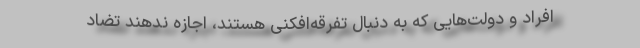
افراد و دولت‌هایی که به دنبال تفرقه‌افکنی هستند، اجازه ندهند تضاد